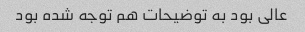
عالی بود به توضیحات هم توجه شده بود